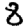
Digit: 8